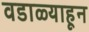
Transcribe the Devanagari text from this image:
वडाळ्याहून